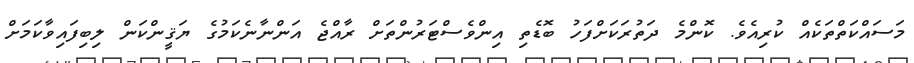
މަސައްކަތްތަކެއް ކުރިއެވެ. ކޮންމެ ދަތުރަކަށްފަހު ބޮޑެތި އިންވެސްޓަރުންތަށް ރާއްޖެ އަންނާނެކަމުގެ ޔަޤީންކަން ލިބިފައިވާކަމަށް